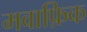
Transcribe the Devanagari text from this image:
मवाफ़िक